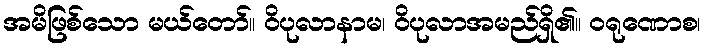
အမိဖြစ်သော မယ်တော်။ ဝိပုလာနာမ၊ ဝိပုလာအမည်ရှိ၏။ ဝရုဏောစ၊